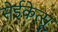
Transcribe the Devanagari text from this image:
सेईकेत्सू